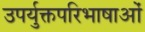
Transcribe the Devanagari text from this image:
उपर्युक्तपरिभाषाओं